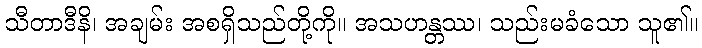
သီတာဒီနိ၊ အချမ်း အစရှိသည်တို့ကို။ အသဟန္တဿ၊ သည်းမခံသော သူ၏။